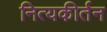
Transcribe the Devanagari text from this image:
नित्यकीर्तन